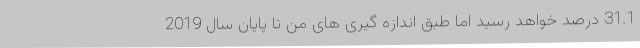
31.1 درصد خواهد رسید اما طبق اندازه گیری های من تا پایان سال 2019